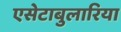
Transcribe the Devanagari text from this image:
एसेटाबुलारिया